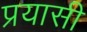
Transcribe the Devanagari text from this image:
प्रयासी